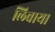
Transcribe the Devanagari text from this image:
लिवाया